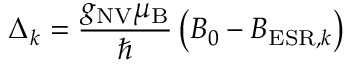
\Delta _ { k } = \frac { g _ { \mathrm { N V } } \mu _ { \mathrm { B } } } { \hbar } \left( B _ { 0 } - B _ { \mathrm { E S R } , k } \right)